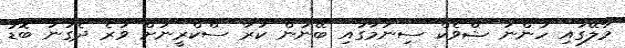
މާލޭގައި ހުންނަ ޝްވެކް ސިނަމާގައި ބޭނުން ކުރާ ސްކްރީނަށް ވުރެ ދެގުނަ ބޮޑު